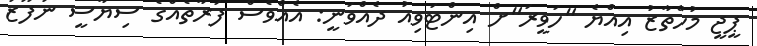
ޕީޖީ މުހްތާޒު އިއްޔެ "ހަވީރަ"ށް އިންޓަވިއު ދެއްވަނީ: އެއްވެސް ފަރާތެއްގެ ސިޔާސީ ނުފޫޒު